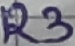
Text: R3